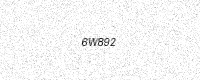
Text: 6W892